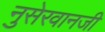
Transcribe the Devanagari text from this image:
नुसेरवानजी